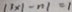
1 3 \times \vert - n \vert = 1